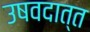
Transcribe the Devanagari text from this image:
उषवदात्त